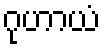
ဂုဟာယံ